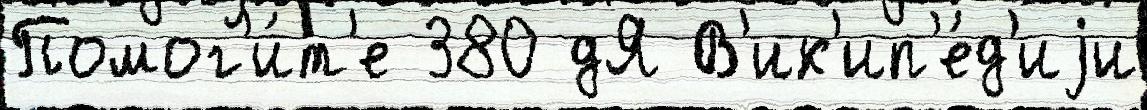
Помог'и́т'е 380 дЯ В'ик'ип'е́д'иjи